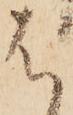
は